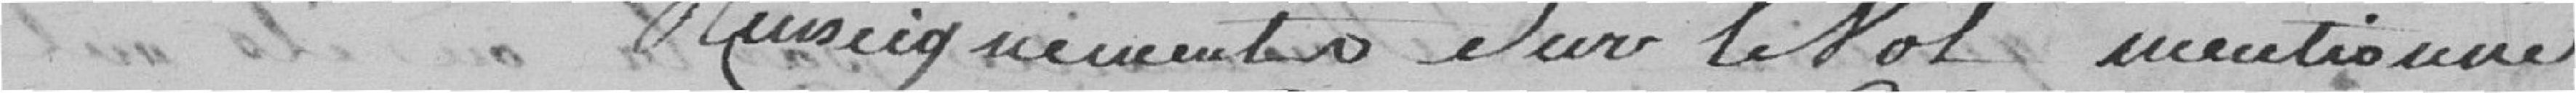
un dass Duneig remembero euvre lit ol mentionné